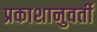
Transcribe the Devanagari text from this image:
प्रकाशानुवर्ती